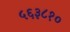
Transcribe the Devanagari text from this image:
५६३८१०